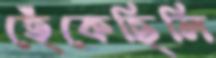
হেঁকেছিলি